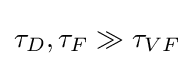
\tau _{D},\tau _{F}\gg \tau _{VF}